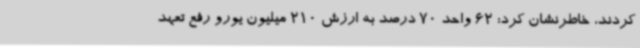
کردند، خاطرنشان کرد: 62 واحد 70 درصد به ارزش 210 میلیون یورو رفع تعهد